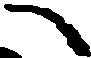
へ